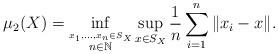
LaTeX: \begin{align*}\mu_2(X) = \inf_{\overset{x_1,\ldots,x_n \in S_X}{n \in \mathbb{N}}}\sup_{x \in S_X} \frac{1}{n} \sum_{i=1}^n \|x_i - x\|.\end{align*}